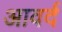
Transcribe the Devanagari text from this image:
आवर्द